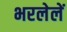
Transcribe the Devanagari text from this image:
भरलेलें